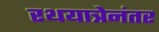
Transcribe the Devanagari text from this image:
रथयात्रेनंतर